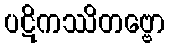
ပဋိကဿိတဗ္ဗော